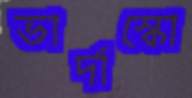
ভার্দাস্কো